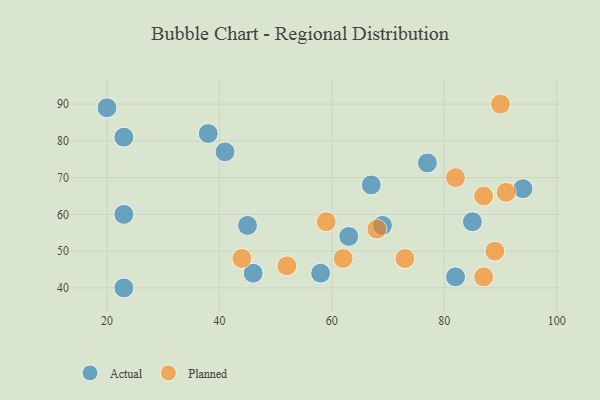
{"axis": {"x": "GDP", "y": "Life Expectancy"}, "legend": ["Actual", "Planned"], "data": [{"x": "67", "y": 68, "type": "Actual"}, {"x": "38", "y": 82, "type": "Actual"}, {"x": "85", "y": 58, "type": "Actual"}, {"x": "69", "y": 57, "type": "Actual"}, {"x": "77", "y": 74, "type": "Actual"}, {"x": "20", "y": 89, "type": "Actual"}, {"x": "45", "y": 57, "type": "Actual"}, {"x": "94", "y": 67, "type": "Actual"}, {"x": "23", "y": 40, "type": "Actual"}, {"x": "82", "y": 43, "type": "Actual"}, {"x": "63", "y": 54, "type": "Actual"}, {"x": "23", "y": 81, "type": "Actual"}, {"x": "41", "y": 77, "type": "Actual"}, {"x": "58", "y": 44, "type": "Actual"}, {"x": "23", "y": 60, "type": "Actual"}, {"x": "46", "y": 44, "type": "Actual"}, {"x": "91", "y": 66, "type": "Planned"}, {"x": "68", "y": 56, "type": "Planned"}, {"x": "89", "y": 50, "type": "Planned"}, {"x": "44", "y": 48, "type": "Planned"}, {"x": "52", "y": 46, "type": "Planned"}, {"x": "62", "y": 48, "type": "Planned"}, {"x": "87", "y": 43, "type": "Planned"}, {"x": "87", "y": 65, "type": "Planned"}, {"x": "90", "y": 90, "type": "Planned"}, {"x": "59", "y": 58, "type": "Planned"}, {"x": "73", "y": 48, "type": "Planned"}, {"x": "82", "y": 70, "type": "Planned"}]}